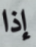
إذا